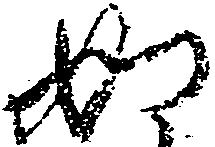
如